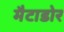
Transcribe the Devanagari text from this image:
मैटाडोर